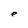
Character: e